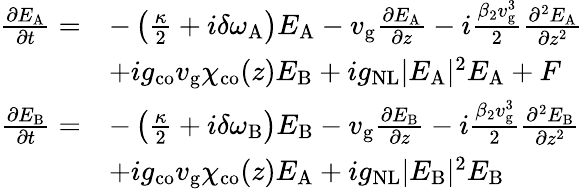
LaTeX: \begin{array}{rl}{\frac{\partial E_{\mathrm{A}}}{\partial t}=}&{-\left(\frac{\kappa}{2}+i\delta\omega_{\mathrm{A}}\right)E_{\mathrm{A}}-v_{\mathrm{g}}\frac{\partial E_{\mathrm{A}}}{\partial z}-i\frac{\beta_{2}v_{\mathrm{g}}^{3}}{2}\frac{\partial^{2}E_{\mathrm{A}}}{\partial z^{2}}}\\ &{+ig_{\mathrm{co}}v_{\mathrm{g}}\chi_{\mathrm{co}}(z)E_{\mathrm{B}}+ig_{\mathrm{NL}}\vert E_{\mathrm{A}}\vert^{2}E_{\mathrm{A}}+F}\\ {\frac{\partial E_{\mathrm{B}}}{\partial t}=}&{-\left(\frac{\kappa}{2}+i\delta\omega_{\mathrm{B}}\right)E_{\mathrm{B}}-v_{\mathrm{g}}\frac{\partial E_{\mathrm{B}}}{\partial z}-i\frac{\beta_{2}v_{\mathrm{g}}^{3}}{2}\frac{\partial^{2}E_{\mathrm{B}}}{\partial z^{2}}}\\ &{+ig_{\mathrm{co}}v_{\mathrm{g}}\chi_{\mathrm{co}}(z)E_{\mathrm{A}}+ig_{\mathrm{NL}}\vert E_{\mathrm{B}}\vert^{2}E_{\mathrm{B}}}\end{array}